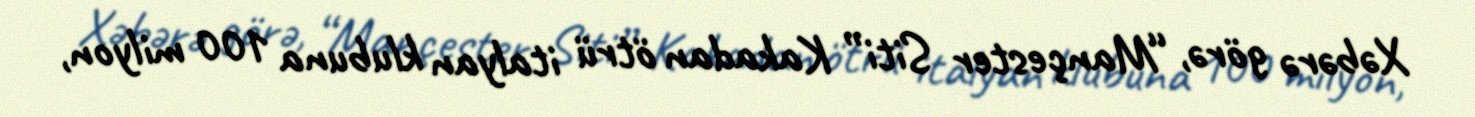
Xəbərə görə, “Mançester Siti” Kakadan ötrü italyan klubuna 100 milyon,